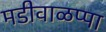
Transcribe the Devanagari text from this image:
मडीवाळप्पा